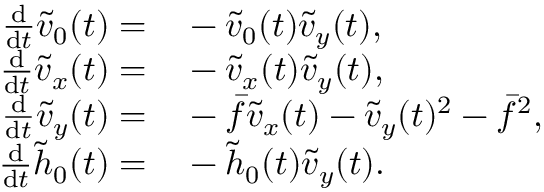
\begin{array} { r l } { \frac { \mathrm { d } } { \mathrm { d } t } \tilde { v } _ { 0 } ( t ) = } & { { } - \tilde { v } _ { 0 } ( t ) \tilde { v } _ { y } ( t ) , } \\ { \frac { \mathrm { d } } { \mathrm { d } t } \tilde { v } _ { x } ( t ) = } & { { } - \tilde { v } _ { x } ( t ) \tilde { v } _ { y } ( t ) , } \\ { \frac { \mathrm { d } } { \mathrm { d } t } \tilde { v } _ { y } ( t ) = } & { { } - \bar { f } \tilde { v } _ { x } ( t ) - \tilde { v } _ { y } ( t ) ^ { 2 } - \bar { f } ^ { 2 } , } \\ { \frac { \mathrm { d } } { \mathrm { d } t } \tilde { h } _ { 0 } ( t ) = } & { { } - \tilde { h } _ { 0 } ( t ) \tilde { v } _ { y } ( t ) . } \end{array}